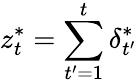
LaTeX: z_{t}^{*}=\sum_{t^{\prime}=1}^{t}\delta_{t^{\prime}}^{*}